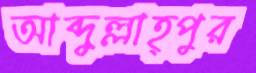
আব্দুল্লাহ্পুর